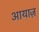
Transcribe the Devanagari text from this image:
आयाज़